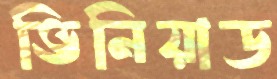
ভিনিয়াড